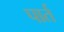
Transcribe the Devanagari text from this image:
पार्त